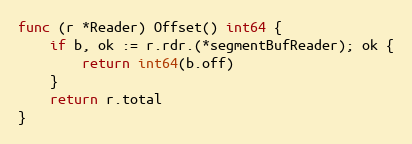
Language: Go
func (r *Reader) Offset() int64 {
	if b, ok := r.rdr.(*segmentBufReader); ok {
		return int64(b.off)
	}
	return r.total
}